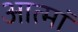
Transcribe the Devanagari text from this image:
आत्मां